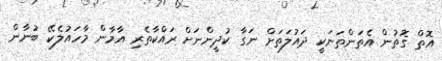
އޮތް ގޮތުން އެތަންތަނަކީ ދައުލަތަށް ނަގާ ކުދީންނަށް ރައްކާތެރި އާމާން މާހައުލެކޭ ބުނާން